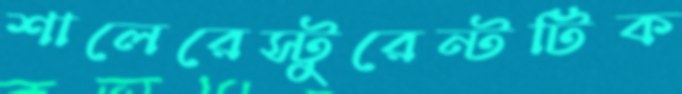
শালেরেস্টুরেন্টটিক